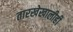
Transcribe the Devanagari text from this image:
तारखेखालीही